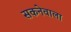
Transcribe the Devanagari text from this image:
सकनेवाला